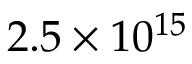
2 . 5 \times 1 0 ^ { 1 5 }